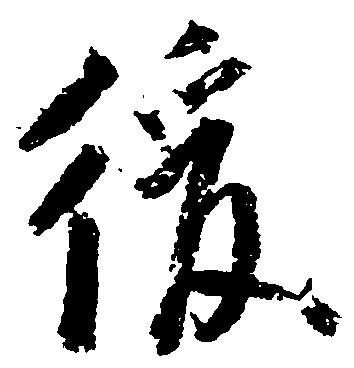
後